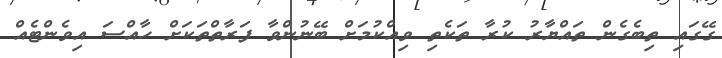
ގޭގައި ތިބެގެން ތައްޔާރު ކުރާ ތަކެތި ވިއްކުމަށް ބޭނުންވާ ފަރާތްތަކަށް ހާއްސަ އިވެންޓެއް